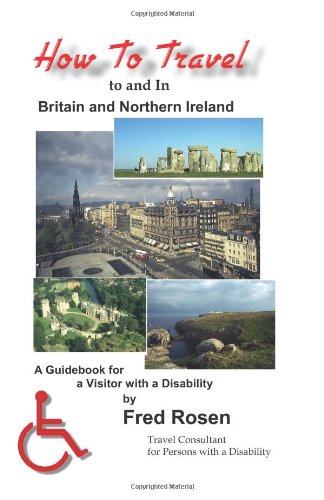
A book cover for How to Travel to and in Britain & Northern Ireland: A Guidebook for Visitors with a Disability; Fred Rosen; Travel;